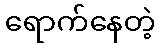
ရောက်နေတဲ့